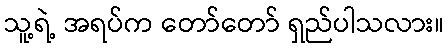
သူ့ရဲ့ အရပ်က တော်တော် ရှည်ပါသလား။